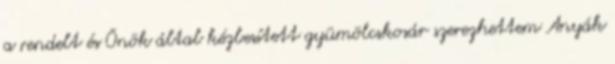
a rendelt és Önök által kézbesített gyümölcskosár szerezhettem Anyák